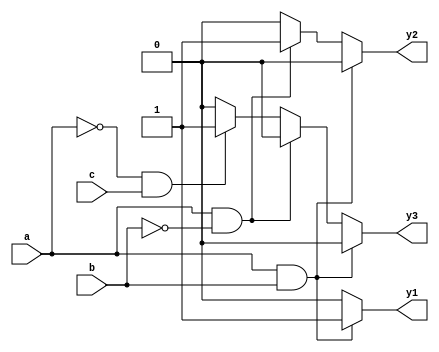
module combinational_logic (
    input wire a,
    input wire b,
    input wire c,
    output reg y1,
    output reg y2,
    output reg y3
);

// Always block sensitive to changes in inputs a, b, and c
always @(*) begin
    // Default assignments
    y1 = 0;
    y2 = 0;
    y3 = 0;

    // Combinational logic using if-else statements
    if (a && b) begin
        y1 = 1; // Set y1 high if both a and b are high
    end else if (a && !b) begin
        y2 = 1; // Set y2 high if a is high and b is low
    end else if (!a && c) begin
        y3 = 1; // Set y3 high if a is low and c is high
    end
end

endmodule